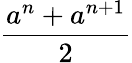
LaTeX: \frac{a^{n}+a^{n+1}}{2}